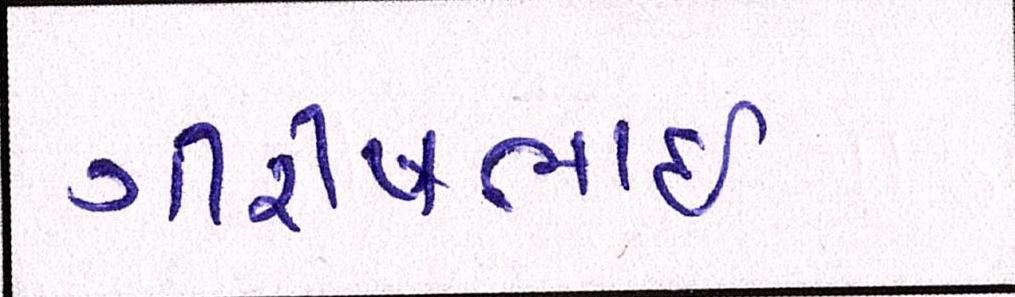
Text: ગીરીષભાઈ